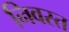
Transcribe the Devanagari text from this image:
निवस्त